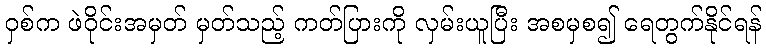
ဝှစ်က ဖဲဝိုင်းအမှတ် မှတ်သည့် ကတ်ပြားကို လှမ်းယူပြီး အစမှစ၍ ရေတွက်နိုင်ရန်